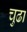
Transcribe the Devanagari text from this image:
चुढा